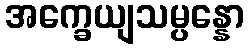
အက္ခေယျသမ္ပန္နော